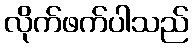
လိုက်ဖက်ပါသည်